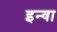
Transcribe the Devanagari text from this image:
इन्वा